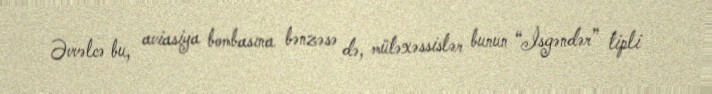
Əvvəlcə bu, aviasiya bombasına bənzəsə də, mütəxəssislər bunun “İsgəndər” tipli